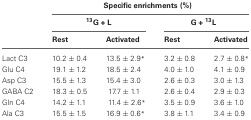
<table><thead><tr><td colspan="4"><b>Specific enrichments (%)</b></td></tr><tr><td></td><td colspan="2"><b><sup>13</sup>G + L</b></td><td colspan="2"><b>G + <sup>13</sup>L</b></td></tr><tr><td></td><td><b>Rest</b></td><td><b>Activated</b></td><td><b>Rest</b></td><td><b>Activated</b></td></tr></thead><tbody><tr><td>Lact C3</td><td>10.2 ± 0.4</td><td>13.5 ± 2.9<sup>*</sup></td><td>3.2 ± 0.8</td><td>2.7 ± 0.8<sup>*</sup></td></tr><tr><td>Glu C4</td><td>19.1 ± 1.2</td><td>18.5 ± 2.4</td><td>4.0 ± 1.0</td><td>4.1 ± 0.9</td></tr><tr><td>Asp C3</td><td>15.5 ± 1.3</td><td>15.4 ± 3.0</td><td>2.6 ± 0.3</td><td>3.0 ± 1.3</td></tr><tr><td>GABA C2</td><td>18.3 ± 0.5</td><td>17.7 ± 1.1</td><td>2.6 ± 0.4</td><td>2.9 ± 0.3</td></tr><tr><td>Gln C4</td><td>14.2 ± 1.1</td><td>11.4 ± 2.6<sup>*</sup></td><td>3.5 ± 0.9</td><td>3.6 ± 1.0</td></tr><tr><td>Ala C3</td><td>15.5 ± 1.5</td><td>16.9 ± 0.6<sup>*</sup></td><td>3.8 ± 1.1</td><td>3.4 ± 0.9</td></tr></tbody></table>